Problem: 56 + 50 = ?
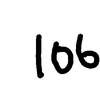
Handwritten answer: 106